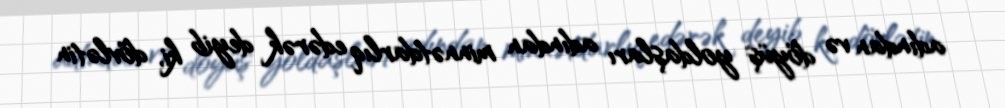
adından və döyüş yoldaşları adından minnətdarlıq edərək deyib ki, dövlətin